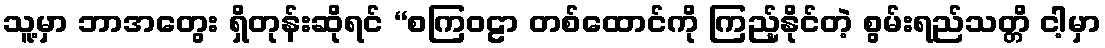
သူ့မှာ ဘာအတွေး ရှိတုန်းဆိုရင် “စကြဝဠာ တစ်ထောင်ကို ကြည့်နိုင်တဲ့ စွမ်းရည်သတ္တိ ငါ့မှာ